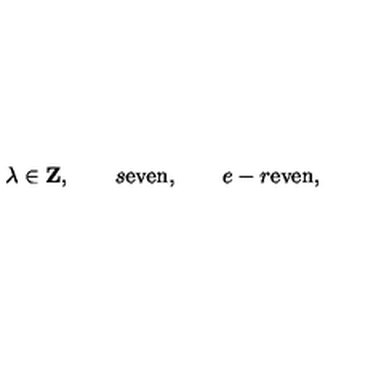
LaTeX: \lambda \in { \bf Z } , \qquad s \mathrm { e v e n } , \qquad e - r \mathrm { e v e n } ,